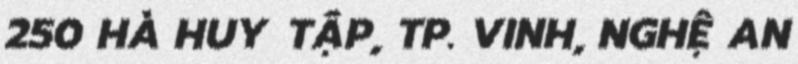
250 HÀ HUY TẬP, TP. VINH, NGHỆ AN